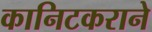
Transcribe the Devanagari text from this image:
कानिटकराने